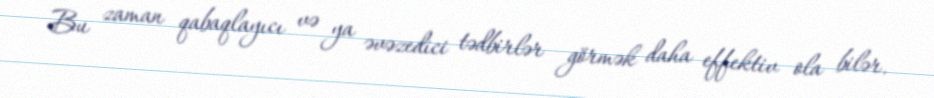
Bu zaman qabaqlayıcı və ya əvəzedici tədbirlər görmək daha effektiv ola bilər.